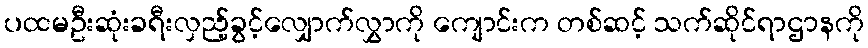
ပထမဦးဆုံးခရီးလှည့်ခွင့်လျှောက်လွှာကို ကျောင်းက တစ်ဆင့် သက်ဆိုင်ရာဌာနကို